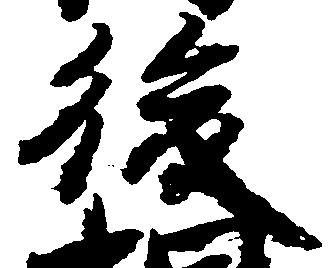
後